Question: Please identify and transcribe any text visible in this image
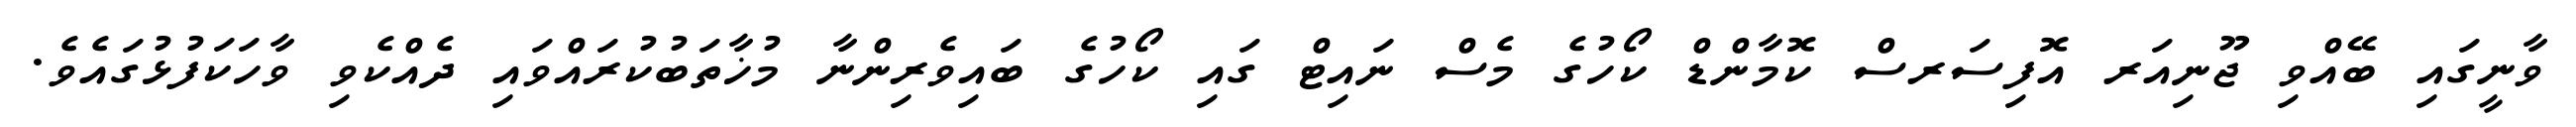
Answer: ވާނީގައި ބޭއްވި ޖޫނިއަރ އޮފިސަރސް ކޮމާންޑް ކޯހުގެ މެސް ނައިޓް ގައި ކޯހުގެ ބައިވެރިންނާ މުޚާތަބުކުރައްވައި ދެއްކެވި ވާހަކަފުޅުގައެވެ.